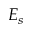
E _ { s }